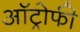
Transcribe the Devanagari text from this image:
ऑट्रोफी